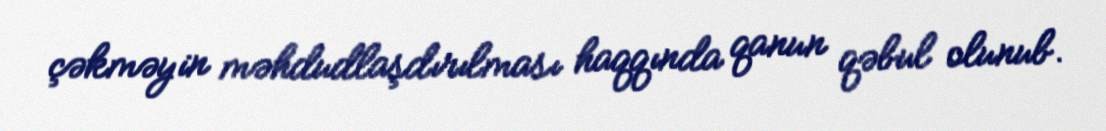
çəkməyin məhdudlaşdırılması haqqında qanun qəbul olunub.